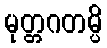
မုတ္တဂတမ္ပိ